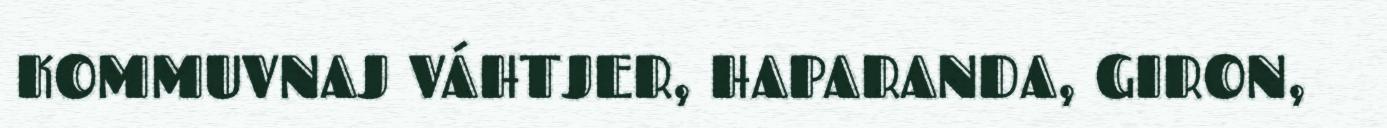
KOMMUVNAJ VÁHTJER, HAPARANDA, GIRON,